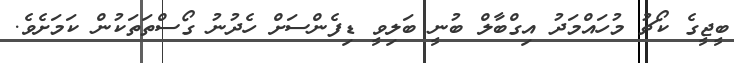
ބީޖީގެ ކޯޗު މުހައްމަދު އިގްބާލް ބުނީ ބަލިވީ ޑިފެންސަށް ހެދުނު ގޯސްތަތަކުން ކަމަށެވެ.